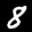
Label: 8